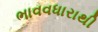
ભાવવધારાથી